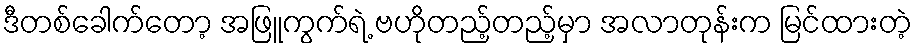
ဒီတစ်ခေါက်တော့ အဖြူကွက်ရဲ့ ဗဟိုတည့်တည့်မှာ အလာတုန်းက မြင်ထားတဲ့